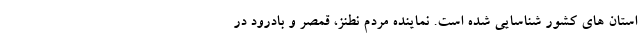
استان های کشور شناسایی شده است. نماینده مردم نطنز، قمصر و بادرود در